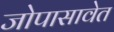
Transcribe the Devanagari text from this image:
जोपासावेत